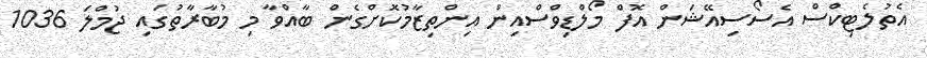
އެތުލެޓިކްސް އެސޯސިއޭޝަން އޮފް މޯލްޑިވްސްއިން އިންތިޒާމުކޮށްގެން ބާއްވާ މި މުބާރާތުގައި ޖުމްލަ 1036